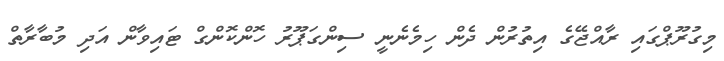
މިގުރޫޕްގައި ރާއްޖޭގެ އިތުރުން ދެން ހިމެނެނީ ސިންގަޕޫރު ހޮންކޮންގް ޓައިވާން އަދި މުބާރާތް